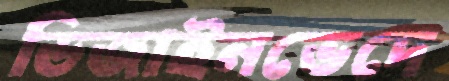
ডিজাইনভেদে